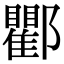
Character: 𨟠